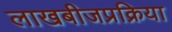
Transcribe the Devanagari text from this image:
लाखबीजप्रक्रिया